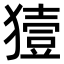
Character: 𤡬